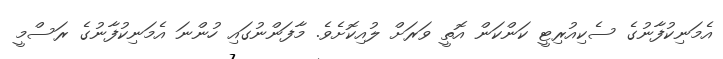
އެމަނިކުފާނުގެ ސެކިއުރިޓީ ކަންކަން އޮތީ ވަރަށް ލުއިކޮށެވެ. މާފަންނުގައި ހުންނަ އެމަނިކުފާނުގެ ރަސްމީ